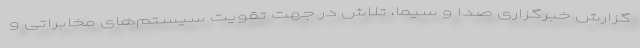
گزارش خبرگزاری صدا و سیما، تلاش در جهت تقویت سیستم‌های مخابراتی و